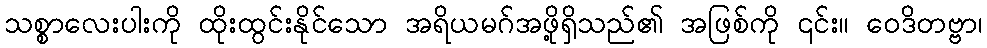
သစ္စာလေးပါးကို ထိုးထွင်းနိုင်သော အရိယမဂ်အဖို့ရှိသည်၏ အဖြစ်ကို ၎င်း။ ဝေဒိတဗ္ဗာ၊